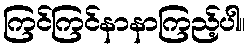
ကြင်ကြင်နာနာကြည့်ပါ။